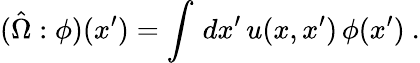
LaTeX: (\hat{\Omega}:\phi)(x^{\prime})=\int\, dx^{\prime}\, u(x,x^{\prime})\, \phi(x^{\prime})~.